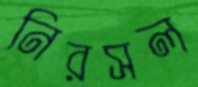
নিরসল